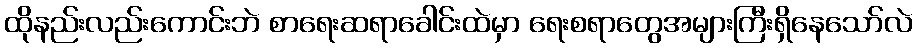
ထိုနည်းလည်းကောင်းဘဲ စာရေးဆရာခေါင်းထဲမှာ ရေးစရာတွေအများကြီးရှိနေသော်လဲ